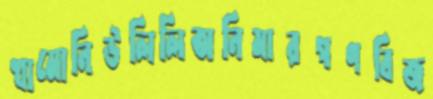
খামোনিউলিলিঅনিমারগণবিজ